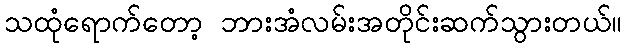
သထုံရောက်တော့ ဘားအံလမ်းအတိုင်းဆက်သွားတယ်။